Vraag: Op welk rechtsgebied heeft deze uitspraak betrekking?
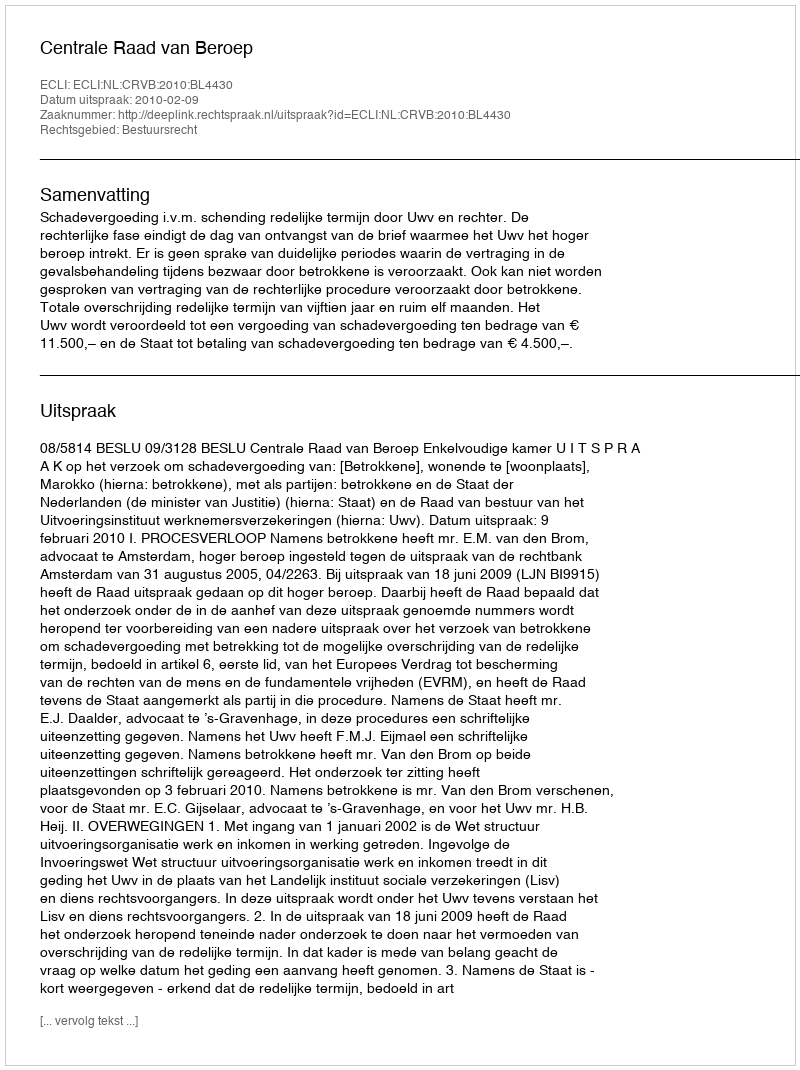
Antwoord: Bestuursrecht